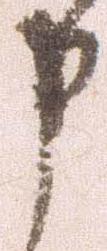
申